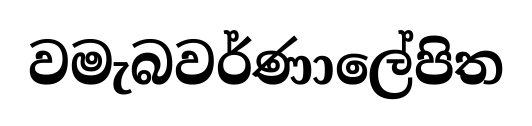
වමැබවර්ණාලේපිත